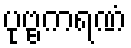
ပုဗ္ဗကရဏံ